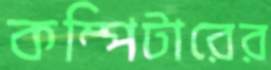
কম্পিটারের